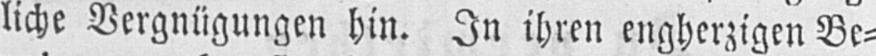
liche Vergnügungen hin. In ihren engherzigen Be⸗